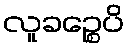
လူခဉ္စေပိ